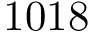
1 0 1 8